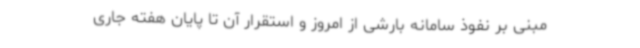
مبنی بر نفوذ سامانه بارشی از امروز و استقرار آن تا پایان هفته جاری